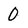
Character: 0